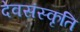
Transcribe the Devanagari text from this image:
देवसंस्कृति